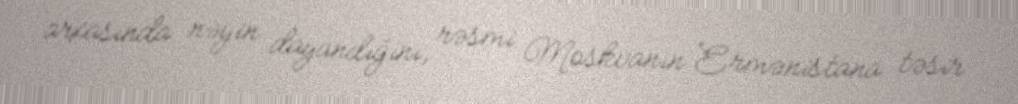
arxasında nəyin dayandığını, rəsmi Moskvanın Ermənistana təsir